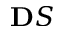
\mathbf Ḋ S Ḍ